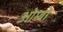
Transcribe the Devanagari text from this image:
ओम्बो